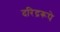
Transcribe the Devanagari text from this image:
दरिद्ररूपे